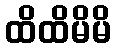
ထိထိမိမိ